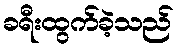
ခရီးထွက်ခဲ့သည်